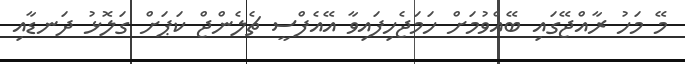
މޭ މަހު ރާއްޖޭގައި ބޭއްވުމަށް ހަމަޖެހިފައިވާ އޭއެފްސީ ޗެލެންޖް ކަޕަށް ގަލޮޅު ދަނޑާއި